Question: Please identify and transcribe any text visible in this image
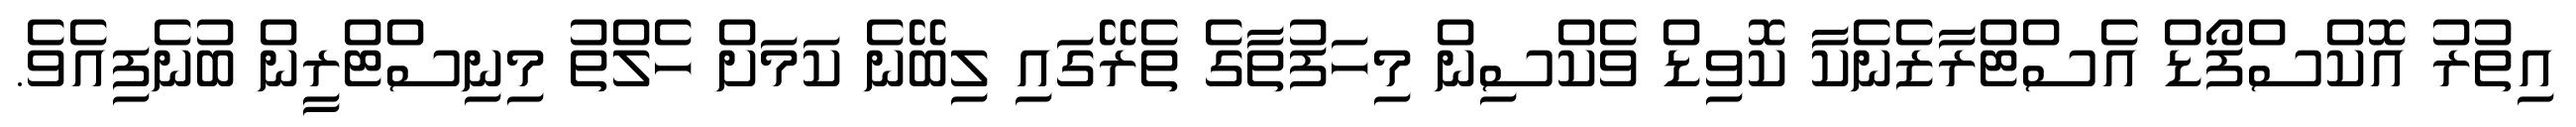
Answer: އިތުރު އޮކްސްފޯޑް އެސްޓްރާޒެނެކާ ކޮވިޑް ވެކްސިން މިހަފުތާގެ ތެރޭގައި ލިބޭނެ ކަމަށް ހެލްތު މިނިސްޓްރީން ބުނެފިއެވެ.